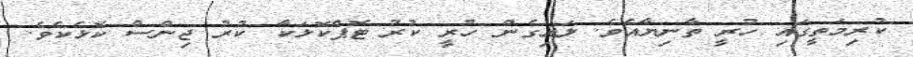
ކުރިމަތީގައި ހުރީ ތާނިޔާއެވެ. ލައިގެން ހުރީ ކުރު ޓޮޕްކޮޅަކާ ކުރު ޖިންސް ކޮޅެކެވެ.